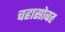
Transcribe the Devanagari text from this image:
चहासोबत